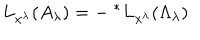
L _ { x ^ { \lambda } } ( A _ { \lambda } ) = - \ ^ { * } L _ { x ^ { \lambda } } ( \Lambda _ { \lambda } )